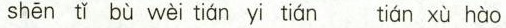
shēn tǐ bù wèi tián yi tián tián xù hào